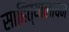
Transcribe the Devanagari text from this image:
साहित्यालाचन